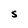
Character: S